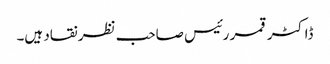
ڈاکٹر قمر رئیس صاحب نظر نقاد ہیں۔